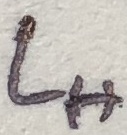
Text: LH